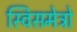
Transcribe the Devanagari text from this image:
स्विसमेट्रो